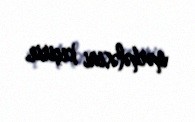
mərhələsini keçirir.